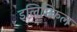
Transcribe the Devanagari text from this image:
इलिप्टिकल